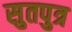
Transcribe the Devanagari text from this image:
सुतपुत्र